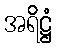
အရိဋ္ဌံ